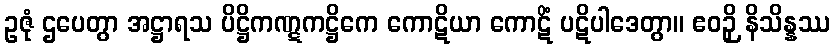
ဥဇုံ ဌပေတွာ အဋ္ဌာရသ ပိဋ္ဌိကဏ္ဋကဋ္ဌိကေ ကောဋိယာ ကောဋိံ ပဋိပါဒေတွာ။ ဧဝဉှိ နိသိန္နဿ